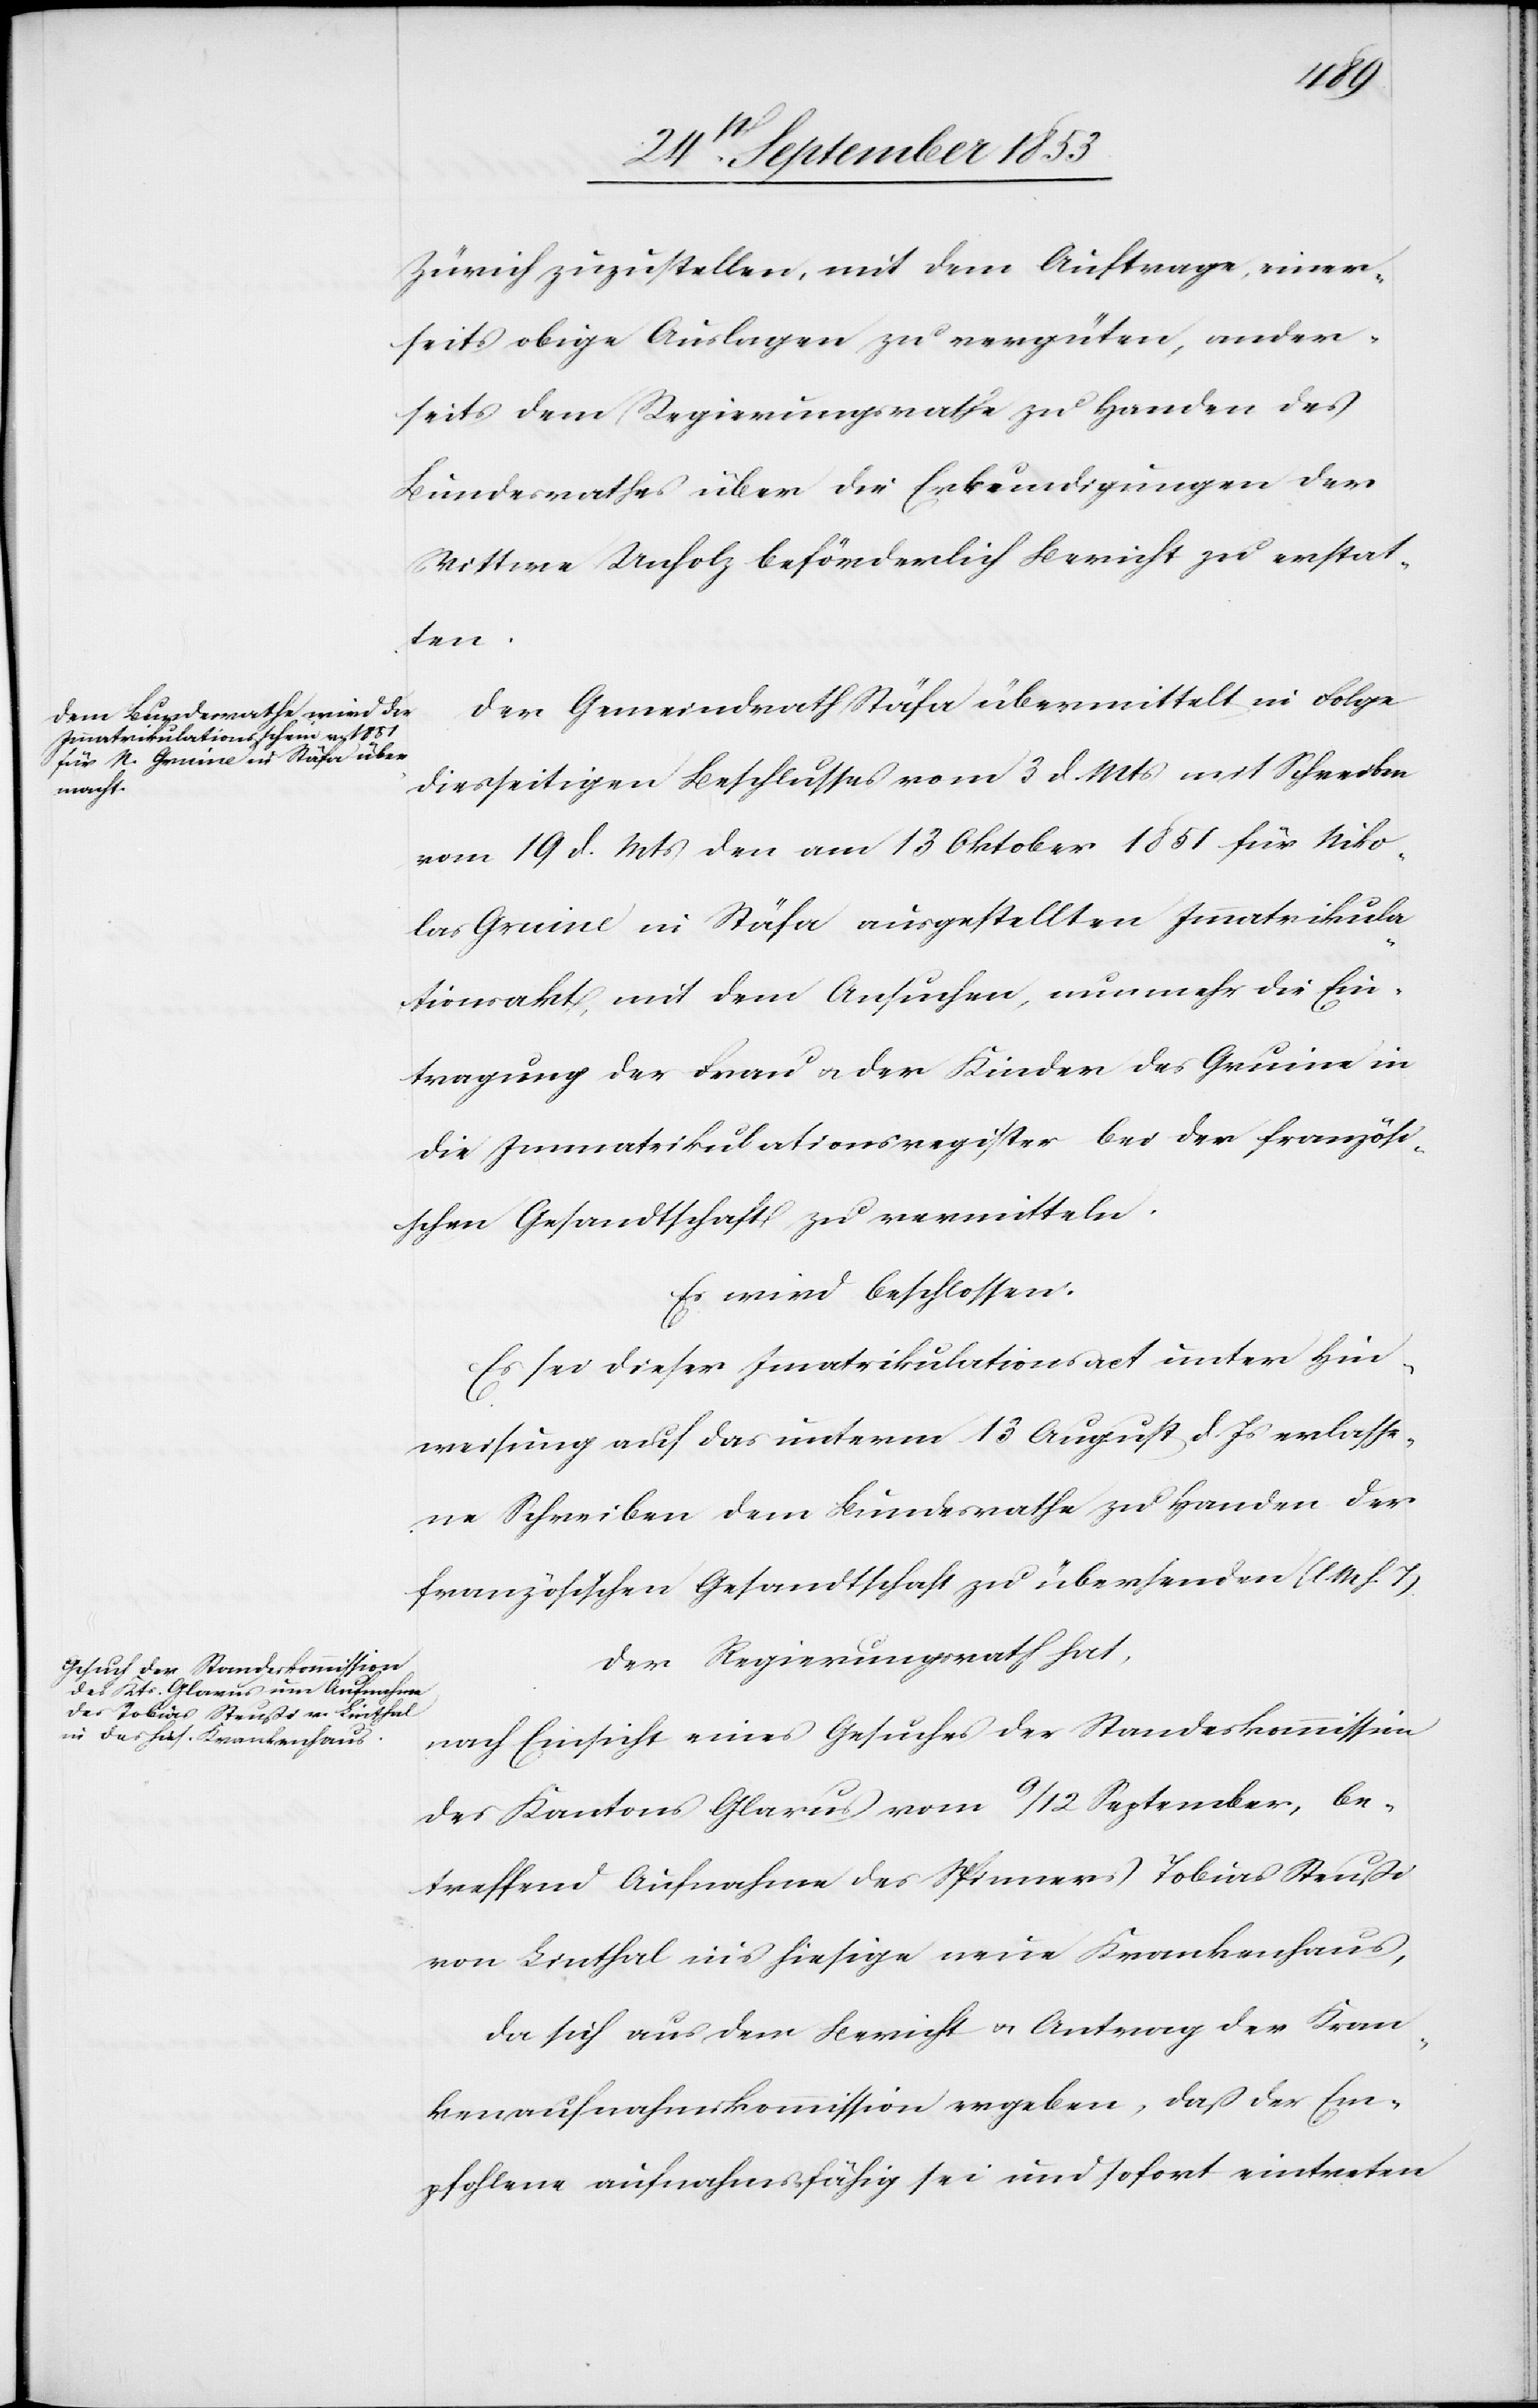
Zürich zuzustellen, mit dem Auftrage, einer¬
seits obige Auslagen zu vergüten, ander¬
seits dem Regierungsrathe zu Handen des
Bundesrathes über die Erkundigungen der
Wittwe Unholz beförderlich Bericht zu erstat¬
ten.
Der Gemeindrath Stäfa übermittelt in Folge
diesseitigen Beschlusses vom 3 d. Mts. mit Schreiben
vom 19 d. Mts. den am 13 Oktober 1851 für Niko¬
las Gruine in Stäfa ausgestellten Immatrikula¬
tionsakt, mit dem Ansuchen, nunmehr die Ein¬
tragung der Frau u. der Kinder des Gruine in
die Immatrikulationsregister bei der französi¬
schen Gesandtschaft zu vermitteln.
Es wird beschlossen.
Es sei dieser Immatrikulationsact unter Hin¬
weisung auf das unterm 13 August d. Js. erlasse¬
ne Schreiben dem Bundesrathe zu Handen der
französischen Gesandtschaft zu übersenden [l. M. h. T]
Der Regierungsrath hat,
nach Einsicht eines Gesuches der Standeskommission
des Kantons Glarus vom 9/12 September, be¬
treffend Aufnahme des Spinners Tobias Steußi
von Linthal ins hiesige neue Krankenhaus,
da sich aus dem Bericht u. Antrag der Kran¬
kenaufnahmskommission ergeben, daß der Em¬
pfohlene aufnahmsfähig sei und sofort eintreten